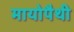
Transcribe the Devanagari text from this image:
मायोपैथी